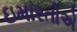
ઇમારતોએ